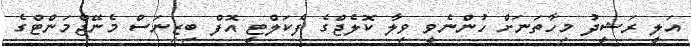
އަލީ ރަޝީދު މިހާތަނަށް ހުންނެވީ ވިލާ ކޮލެޖްގެ ފެކަލްޓީ އޮފް ބިޒިނަސް މެނޭޖްމަންޓްގެ